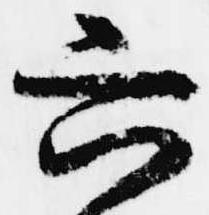
六